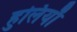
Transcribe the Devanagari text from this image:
हुलियाँ